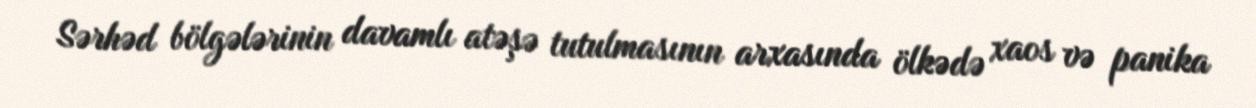
Sərhəd bölgələrinin davamlı atəşə tutulmasının arxasında ölkədə xaos və panika